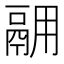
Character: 𫙅